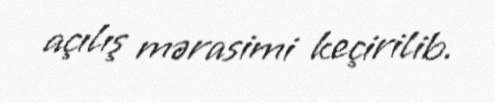
açılış mərasimi keçirilib.